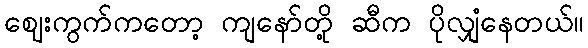
ဈေးကွက်ကတော့ ကျနော်တို့ ဆီက ပိုလျှံနေတယ်။